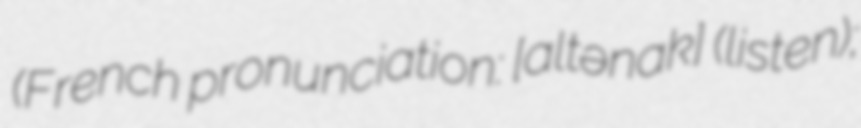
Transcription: (French pronunciation: [altənak] (listen);